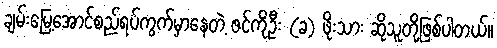
ချမ်းမြေ့အောင်စည်ရပ်ကွက်မှာနေတဲ့ ဇင်ကိုဦး (ခ) ဖိုးသား ဆိုသူတို့ဖြစ်ပါတယ်။